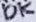
Text: 10K